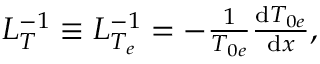
\begin{array} { r } { L _ { T } ^ { - 1 } \equiv L _ { T _ { e } } ^ { - 1 } = - \frac { 1 } { T _ { 0 e } } \frac { \mathrm { d } T _ { 0 e } } { \mathrm { d } x } , } \end{array}